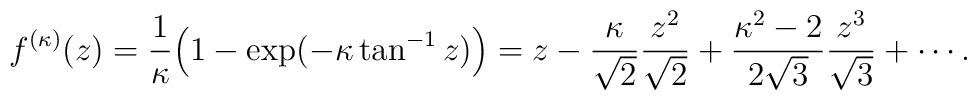
f^{(\kappa)}(z)=\frac{1}{\kappa}\Bigl(1-\exp(-\kappa\tan^{-1}z)\Bigr)=z-\frac{\kappa}{\sqrt{2}}\frac{z^2}{\sqrt{2}}+\frac{\kappa^2-2}{2\sqrt{3}}\frac{z^3}{\sqrt{3}}+\cdots.